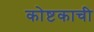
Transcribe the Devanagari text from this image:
कोष्टकाची